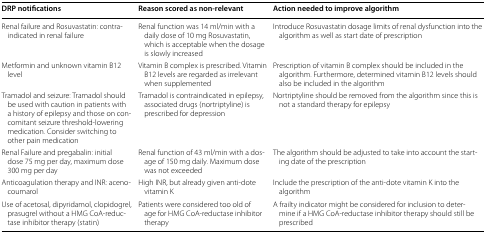
| DRP notifications | Reason scored as non-relevant | Action needed to improve algorithm |
 | --- | --- | --- |
 | Renal failure and Rosuvastatin: contra-indicated in renal failure | Renal function was 14 ml/min with a daily dose of 10 mg Rosuvastatin, which is acceptable when the dosage is slowly increased | Introduce Rosuvastatin dosage limits of renal dysfunction into the algorithm as well as start date of prescription |
 | Metformin and unknown vitamin B12 level | Vitamin B complex is prescribed. Vitamin B12 levels are regarded as irrelevant when supplemented | Prescription of vitamin B complex should be included in the algorithm. Furthermore, determined vitamin B12 levels should also be included in the algorithm |
 | Tramadol and seizure: Tramadol should be used with caution in patients with a history of epilepsy and those on concomitant seizure threshold-lowering medication. Consider switching to other pain medication | Tramadol is contraindicated in epilepsy, associated drugs (nortriptyline) is prescribed for depression | Nortriptyline should be removed from the algorithm since this is not a standard therapy for epilepsy |
 | Renal Failure and pregabalin: initial dose 75 mg per day, maximum dose 300 mg per day | Renal function of 43 ml/min with a dosage of 150 mg daily. Maximum dose was not exceeded | The algorithm should be adjusted to take into account the starting date of the prescription |
 | Anticoagulation therapy and INR: acenocoumarol | High INR, but already given anti-dote vitamin K | Include the prescription of the anti-dote vitamin K into the algorithm |
 | Use of acetosal, dipyridamol, clopidogrel, prasugrel without a HMG CoA-reductase inhibitor therapy (statin) | Patients were considered too old of age for HMG CoA-reductase inhibitor therapy | A frailty indicator might be considered for inclusion to determine if a HMG CoA-reductase inhibitor therapy should still be prescribed |